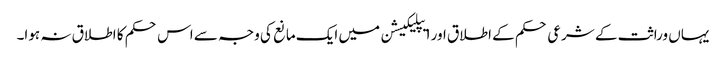
یہاں وراثت کے شرعی حکم کے اطلاق اور ایپلیکیشن میں ایک مانع کی وجہ سے اس حکم کا اطلاق نہ ہوا۔